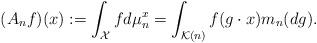
LaTeX: \begin{align*}(A_n f)(x) : = \int_{\mathcal{X}} f d\mu_n^x = \int_{\mathcal{K}(n)} f(g\cdot x) m_n (dg).\end{align*}